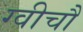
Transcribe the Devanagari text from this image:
ग्वीचौ